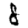
Digit: 8